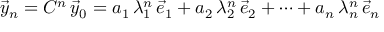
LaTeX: { \vec { y } } _ { n } = C ^ { n } \, { \vec { y } } _ { 0 } = a _ { 1 } \, \lambda _ { 1 } ^ { n } \, { \vec { e } } _ { 1 } + a _ { 2 } \, \lambda _ { 2 } ^ { n } \, { \vec { e } } _ { 2 } + \cdots + a _ { n } \, \lambda _ { n } ^ { n } \, { \vec { e } } _ { n }